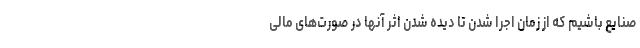
صنایع باشیم که از زمان اجرا شدن تا دیده شدن اثر آنها در صورت‌های مالی